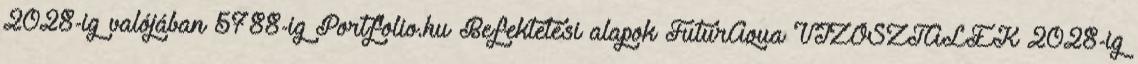
2028-ig valójában 5788-ig Portfolio.hu Befektetési alapok FuturAqua VÍZOSZTALÉK 2028-ig